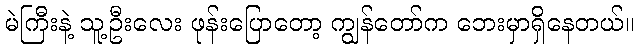
မဲကြီးနဲ့ သူ့ဦးလေး ဖုန်းပြောတော့ ကျွန်တော်က ဘေးမှာရှိနေတယ်။